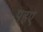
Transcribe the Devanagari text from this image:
पहए